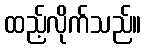
ထည့်လိုက်သည်။